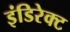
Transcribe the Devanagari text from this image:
इंडिरेक्ट